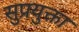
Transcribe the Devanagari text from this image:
सुप्रयुक्ता